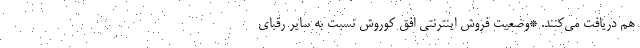
هم دریافت می‌کنند. *وضعیت فروش اینترنتی افق کوروش نسبت به سایر رقبای